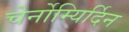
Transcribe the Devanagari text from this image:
चेर्नोम्यिर्दिन